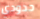
حدودي